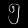
Digit: ၅